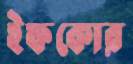
ইফকোর